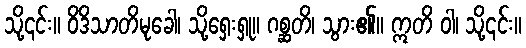
သို့၎င်း။ ဝိဒိသာတိမုခေါ၊ သို့ရှေးရှု။ ဂစ္ဆတိ၊ သွား၏။ ဣတိ ဝါ၊ သို့၎င်း။